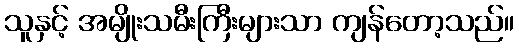
သူနှင့် အမျိုးသမီးကြီးများသာ ကျန်တော့သည်။